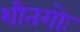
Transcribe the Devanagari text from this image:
शीतगोः